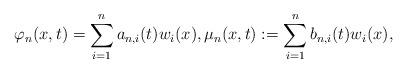
LaTeX: \begin{align*}\varphi_{n}(x,t) = \sum_{i=1}^{n} a_{n,i}(t) w_{i}(x), \mu_{n}(x,t) := \sum_{i=1}^{n} b_{n,i}(t) w_{i}(x),\end{align*}